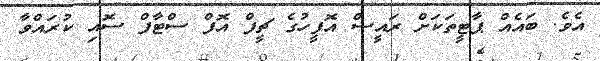
އެވެ. ބައެއް ޕާޓީތަކަށް ރައީސް އޮފީހުގެ ޗީފް އޮފް ސްޓާފް ސޮއި ކުރައްވާ